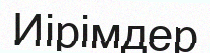
Иірімдер